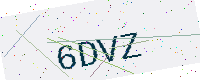
Text: 6DVZ